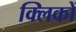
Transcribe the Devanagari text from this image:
क्लिकों